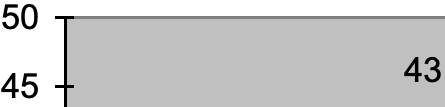
50 43 45